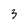
Character: 3